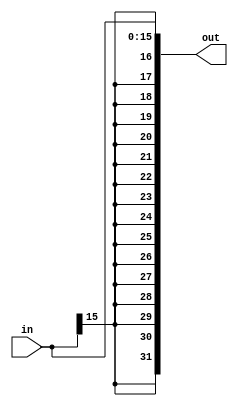
module sign_extended (
  output signed [31:0] out,
input signed [15:0] in);
assign out = in;
endmodule